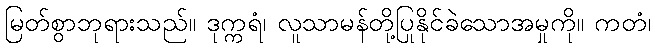
မြတ်စွာဘုရားသည်။ ဒုက္ကရံ၊ လူသာမန်တို့ပြုနိုင်ခဲသောအမှုကို။ ကတံ၊